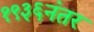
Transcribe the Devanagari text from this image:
१९३६नंतर